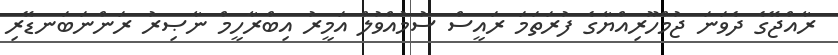
ރާއްޖޭގެ ދެވަނަ ޖުމްހޫރިއްޔާގެ ފުރަތަމަ ރައީސް ސުމުއްވުލް އަމީރު އިބްރާހީމް ނާޞިރު ރަންނަބަނޑޭރި